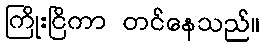
ကြိုးငြိကာ တင်နေသည်။